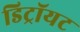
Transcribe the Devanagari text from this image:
डिट्रॉयट